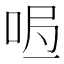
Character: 𭇰